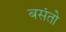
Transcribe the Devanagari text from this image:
बसंतो